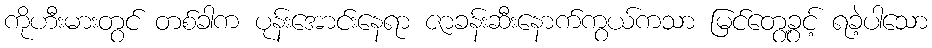
ကိုဟီးမားတွင် တစ်ခါက ပုန်းအောင်းနေရာ ဇာခန်းဆီးနောက်ကွယ်ကသာ မြင်တွေ့ခွင့် ရခဲ့ပါသော